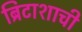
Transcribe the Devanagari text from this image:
ब्रिटाशाची